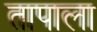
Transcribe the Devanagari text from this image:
तापाला